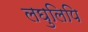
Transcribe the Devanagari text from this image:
लघुलिपि